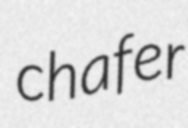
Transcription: chafer